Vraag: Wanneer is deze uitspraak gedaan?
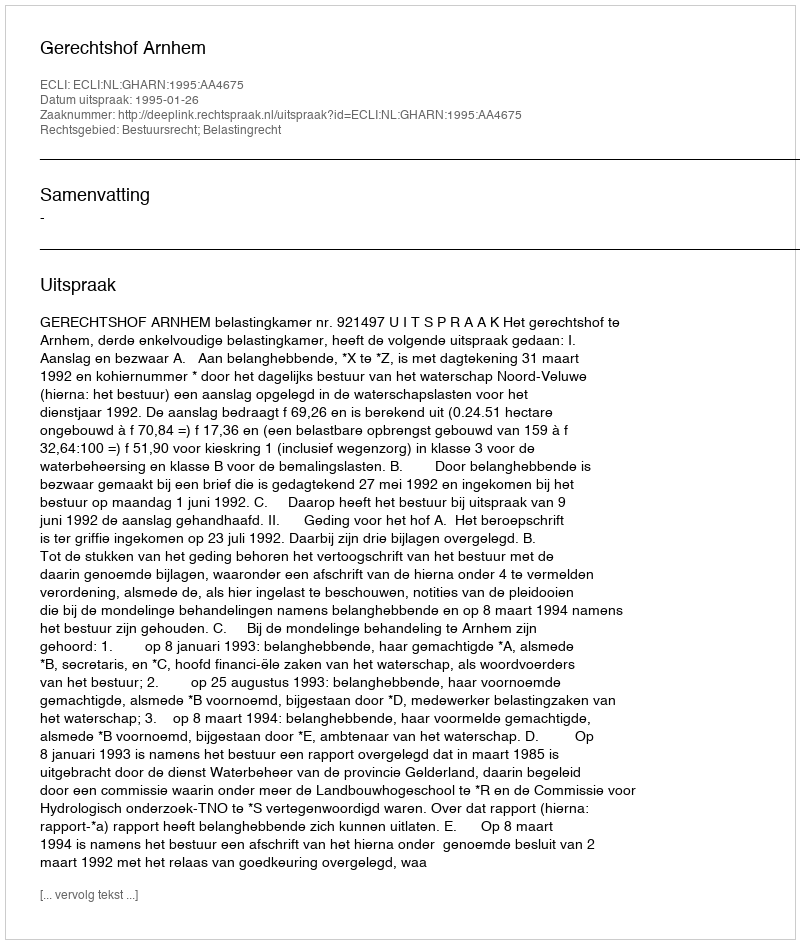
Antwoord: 1995-01-26